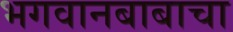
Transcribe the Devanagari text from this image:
भगवानबाबाचा